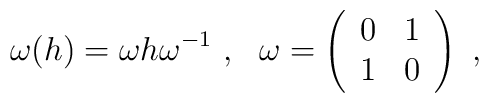
\omega(h) = \omega h \omega^{-1} ~,~~  \omega = \left(  \begin{array}{cc}    0 & 1\\    1 & 0  \end{array}\right)~,